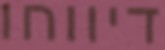
דיווחו